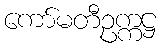
ကော်မတီဥက္ကဋ္ဌ